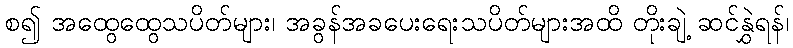
စ၍ အထွေထွေသပိတ်များ၊ အခွန်အခပေးရေးသပိတ်များအထိ တိုးချဲ့ ဆင်နွှဲရန်၊